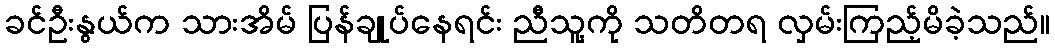
ခင်ဦးနွယ်က သားအိမ် ပြန်ချုပ်နေရင်း ညီသူ့ကို သတိတရ လှမ်းကြည့်မိခဲ့သည်။